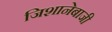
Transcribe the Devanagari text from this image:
जिशानेबाजी